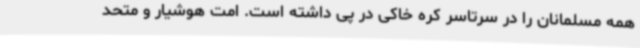
همه مسلمانان را در سرتاسر کره خاکی در پی داشته است. امت هوشیار و متحد